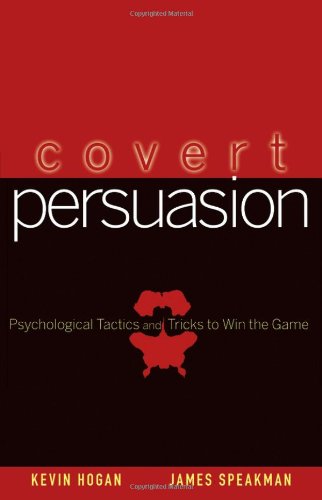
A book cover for Covert Persuasion: Psychological Tactics and Tricks to Win the Game; Kevin Hogan; Travel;